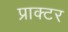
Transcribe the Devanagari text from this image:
प्राक्टर